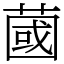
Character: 蔮